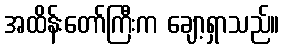
အထိန်းတော်ကြီးက ချော့ရှာသည်။